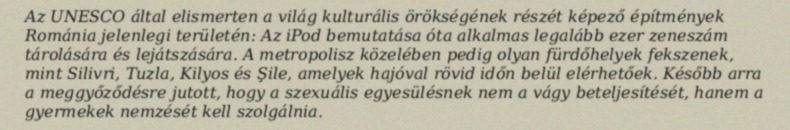
Az UNESCO által elismerten a világ kulturális örökségének részét képező építmények Románia jelenlegi területén: Az iPod bemutatása óta alkalmas legalább ezer zeneszám tárolására és lejátszására. A metropolisz közelében pedig olyan fürdőhelyek fekszenek, mint Silivri, Tuzla, Kilyos és Şile, amelyek hajóval rövid időn belül elérhetőek. Később arra a meggyőződésre jutott, hogy a szexuális egyesülésnek nem a vágy beteljesítését, hanem a gyermekek nemzését kell szolgálnia.